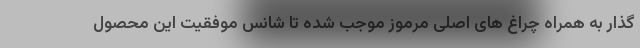
گذار به همراه چراغ های اصلی مرموز موجب شده تا شانس موفقیت این محصول